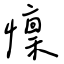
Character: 懍